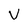
Character: v